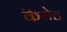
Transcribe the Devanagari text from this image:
कैमेट